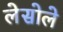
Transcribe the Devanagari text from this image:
लेसोले